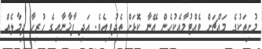
މުށިތަކުގެ މައްޗަށް ވެއްޓުމާއެކުހެން އޭނާ ކޮޅަށް ތެދުވިއެވެ. އަދި ފާޚާނާއިގެ ހުރިހާ ދިމާލެއް